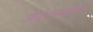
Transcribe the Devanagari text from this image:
ओट्जरस्टुवार्ड